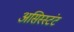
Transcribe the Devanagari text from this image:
असिस्स्टंट